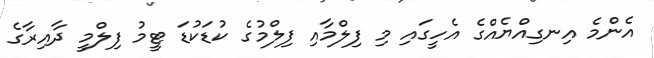
އެންމެ އިނގިއްޔެއްގެ އެހީގައި މި ފިލްމާއި ފިލްމުގެ ކުޑަކުޑަ ޓީމު ފިލްމީ ދާއިރާގެ